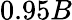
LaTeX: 0.95B